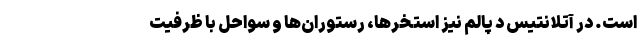
است. در آتلانتیس د پالم نیز استخرها، رستوران‌ها و سواحل با ظرفیت